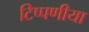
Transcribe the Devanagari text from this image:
टिप्पणीया